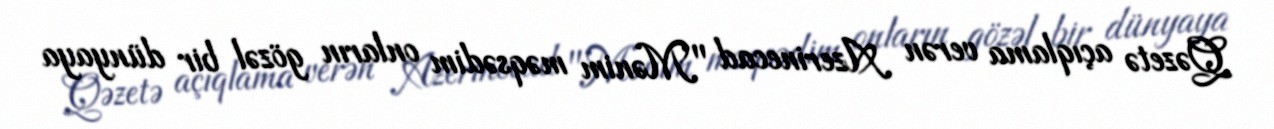
Qəzetə açıqlama verən Azerinecad "Mənim məqsədim onların gözəl bir dünyaya